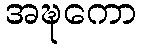
အဍ္ဎကော